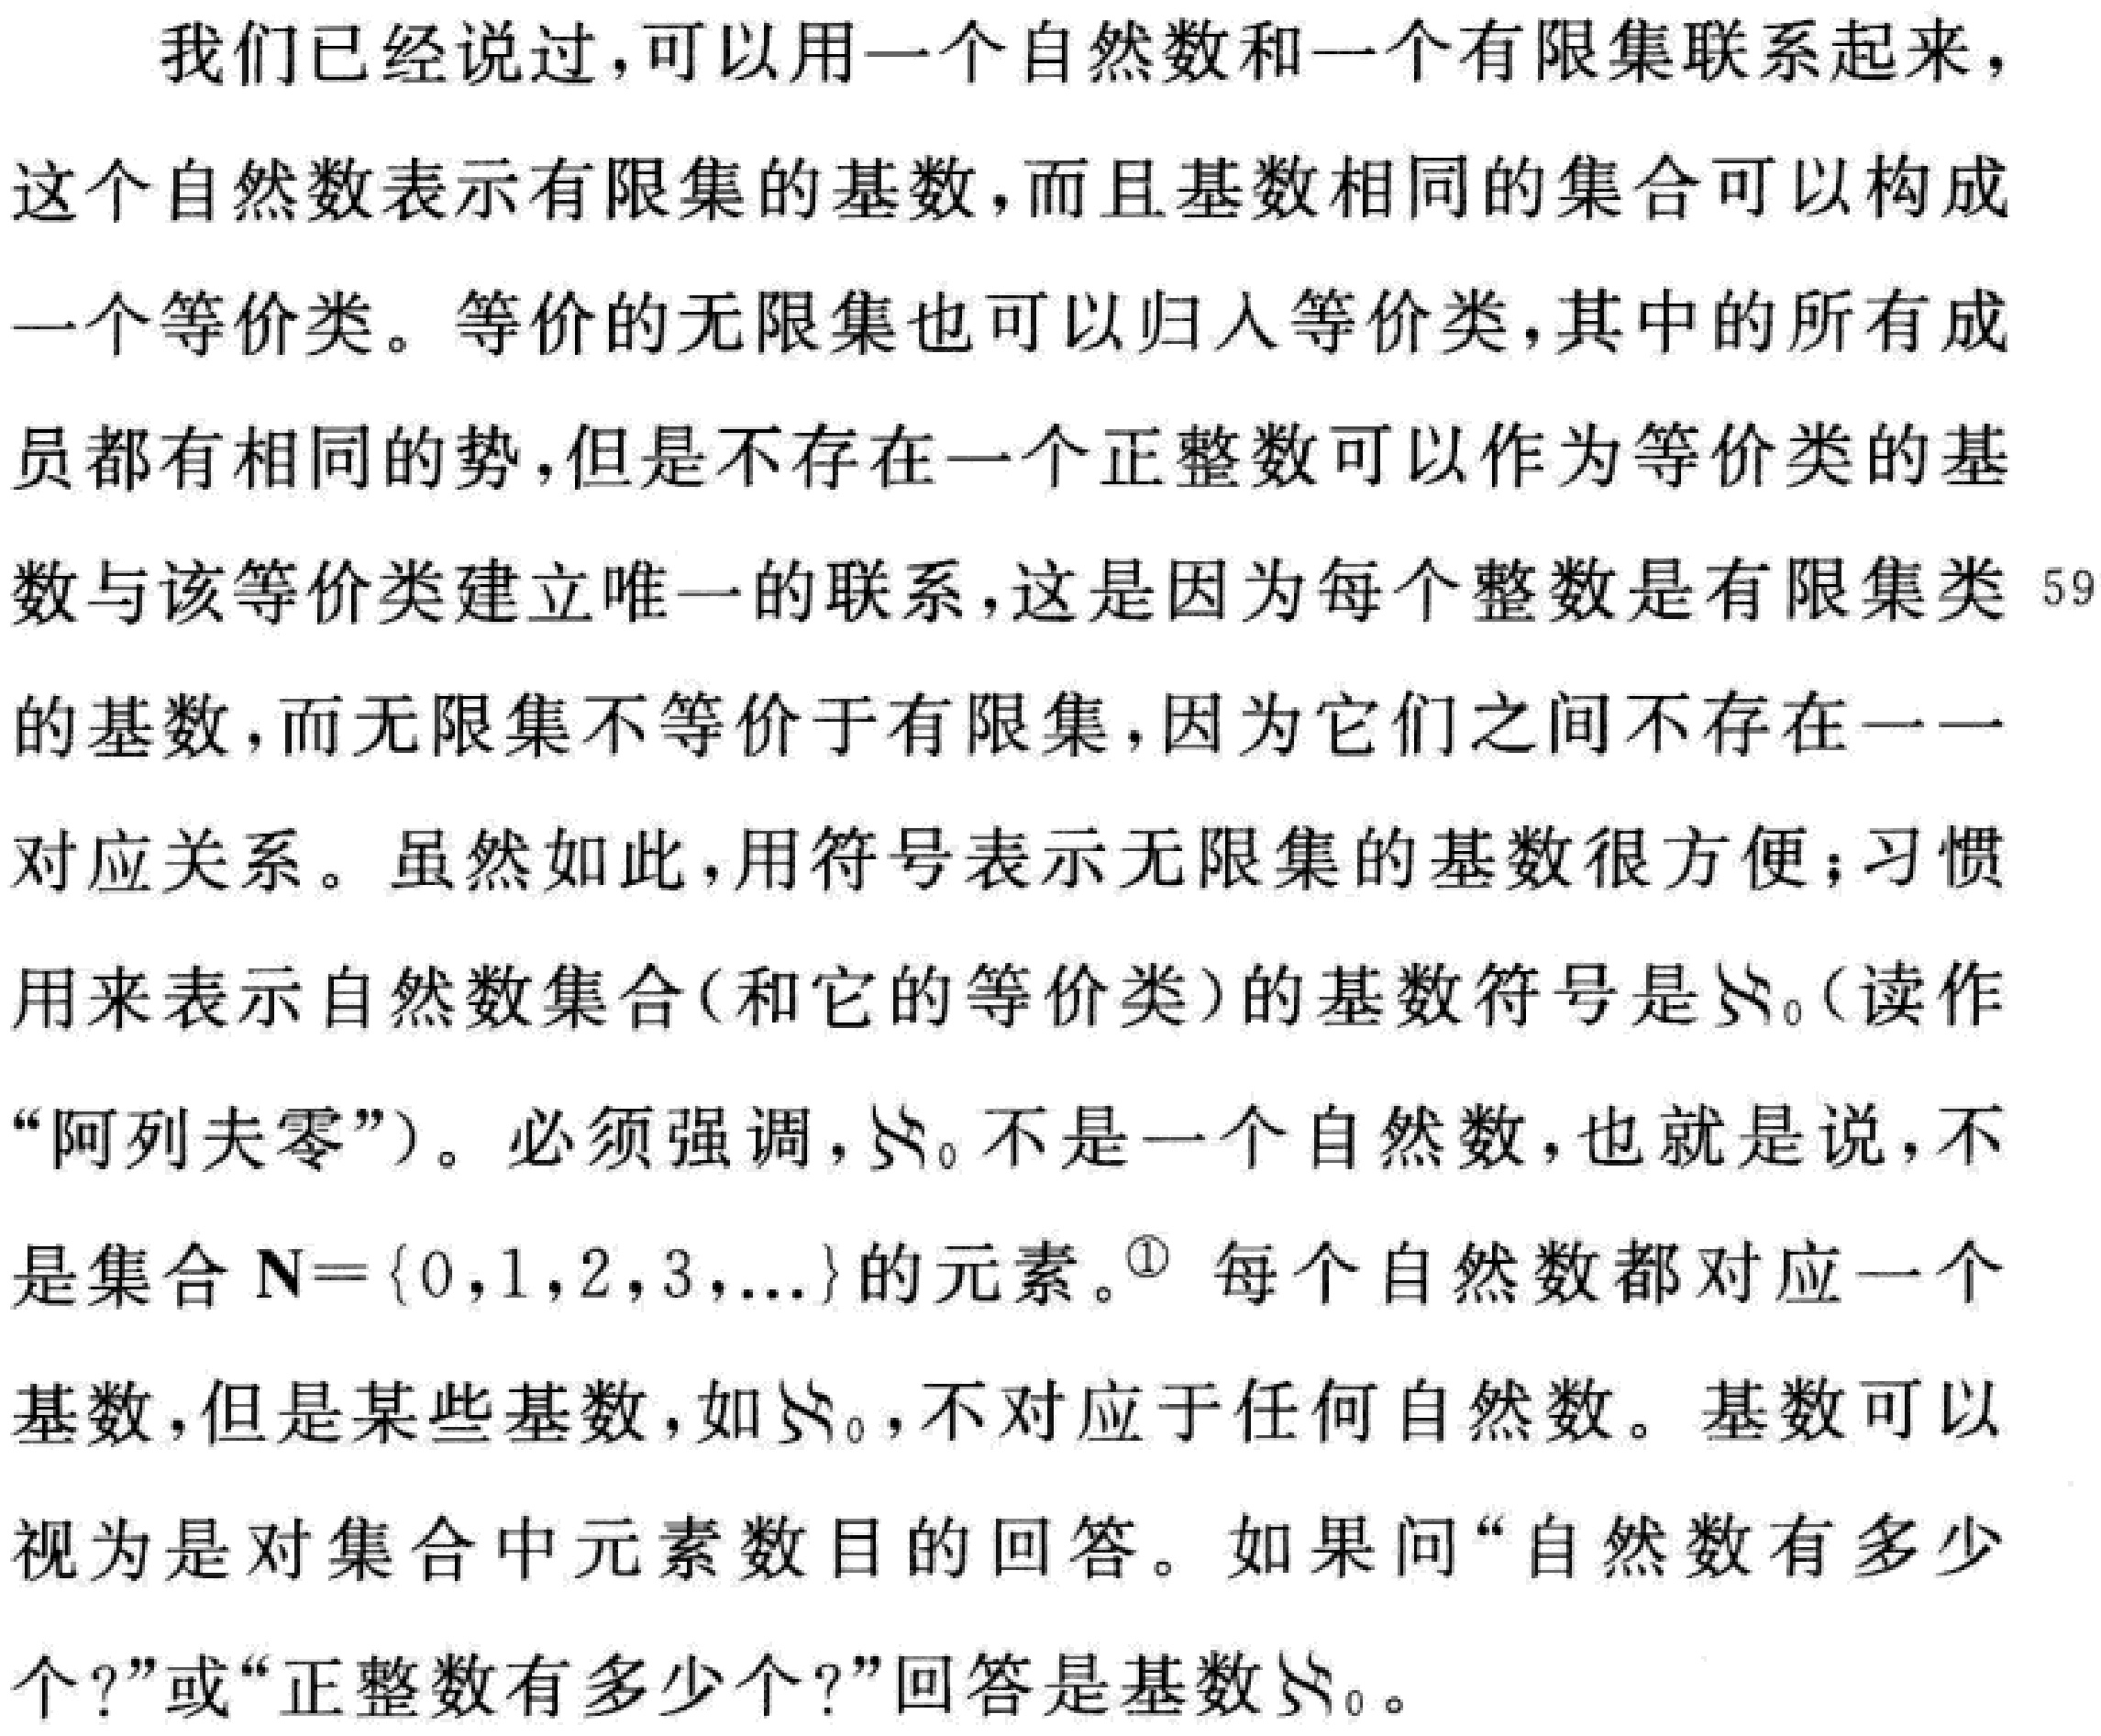
我们已经说过，可以用一个自然数和一个有限集联系起来，这个自然数表示有限集的基数，而且基数相同的集合可以构成一个等价类。等价的无限集也可以归入等价类，其中的所有成员都有相同的势，但是不存在一个正整数可以作为等价类的基数与该等价类建立唯一的联系，这是因为每个整数是有限集类59的基数，而无限集不等价于有限集，因为它们之间不存在一一对应关系。虽然如此，用符号表示无限集的基数很方便；习惯用来表示自然数集合(和它的等价类)的基数符号是\(\aleph_0\)(读作“阿列夫零”)。必须强调，\(\aleph_0\)不是一个自然数，也就是说，不是集合\(N = \{0,1,2,3,...\}\)的元素。\(^{\circled{1}}\) 每个自然数都对应一个基数，但是某些基数，如\(\aleph_0\)，不对应于任何自然数。基数可以视为是对集合中元素数目的回答。如果问“自然数有多少个?”或“正整数有多少个?”回答是基数\(\aleph_0\)。